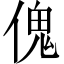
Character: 傀